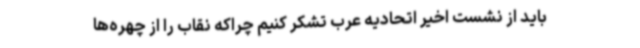
باید از نشست اخیر اتحادیه عرب تشکر کنیم چراکه نقاب را از چهره‌ها